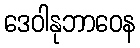
ဒေဝါနုဘာဝေန